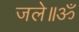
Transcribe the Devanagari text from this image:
जले॥ॐ